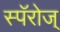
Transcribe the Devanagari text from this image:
स्पॅरोज्